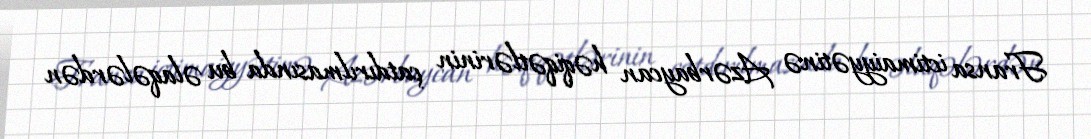
Fransa ictimaiyyətinə Azərbaycan həqiqətlərinin çatdırılmasında bu əlaqələrdən